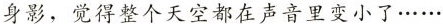
身影，觉得整个天空都在声音里变小了……